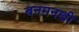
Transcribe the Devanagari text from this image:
बनमनखी